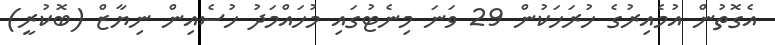
އެގޮތުން އުމެއިރުގެ ހުރަހަކުން 29 ވަނަ މިނެޓުގައި މުހައްމަދު ހުސެއިން ނިޔާޒް (ބޮކުރީ)